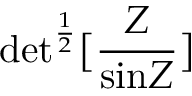
\mathrm { d e t } ^ { { \frac { 1 } { 2 } } } \bigl \lbrack \frac { \cal Z } { \mathrm { s i n } { \cal Z } } \bigr \rbrack